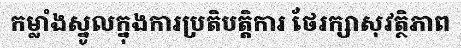
កម្លាំងស្នូលក្នុងការប្រតិបត្តិការ ថែរក្សាសុវត្ថិភាព